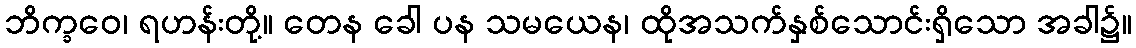
ဘိက္ခဝေ၊ ရဟန်းတို့။ တေန ခေါ ပန သမယေန၊ ထိုအသက်နှစ်သောင်းရှိသော အခါ၌။